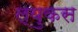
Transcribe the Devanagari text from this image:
ल्युकस